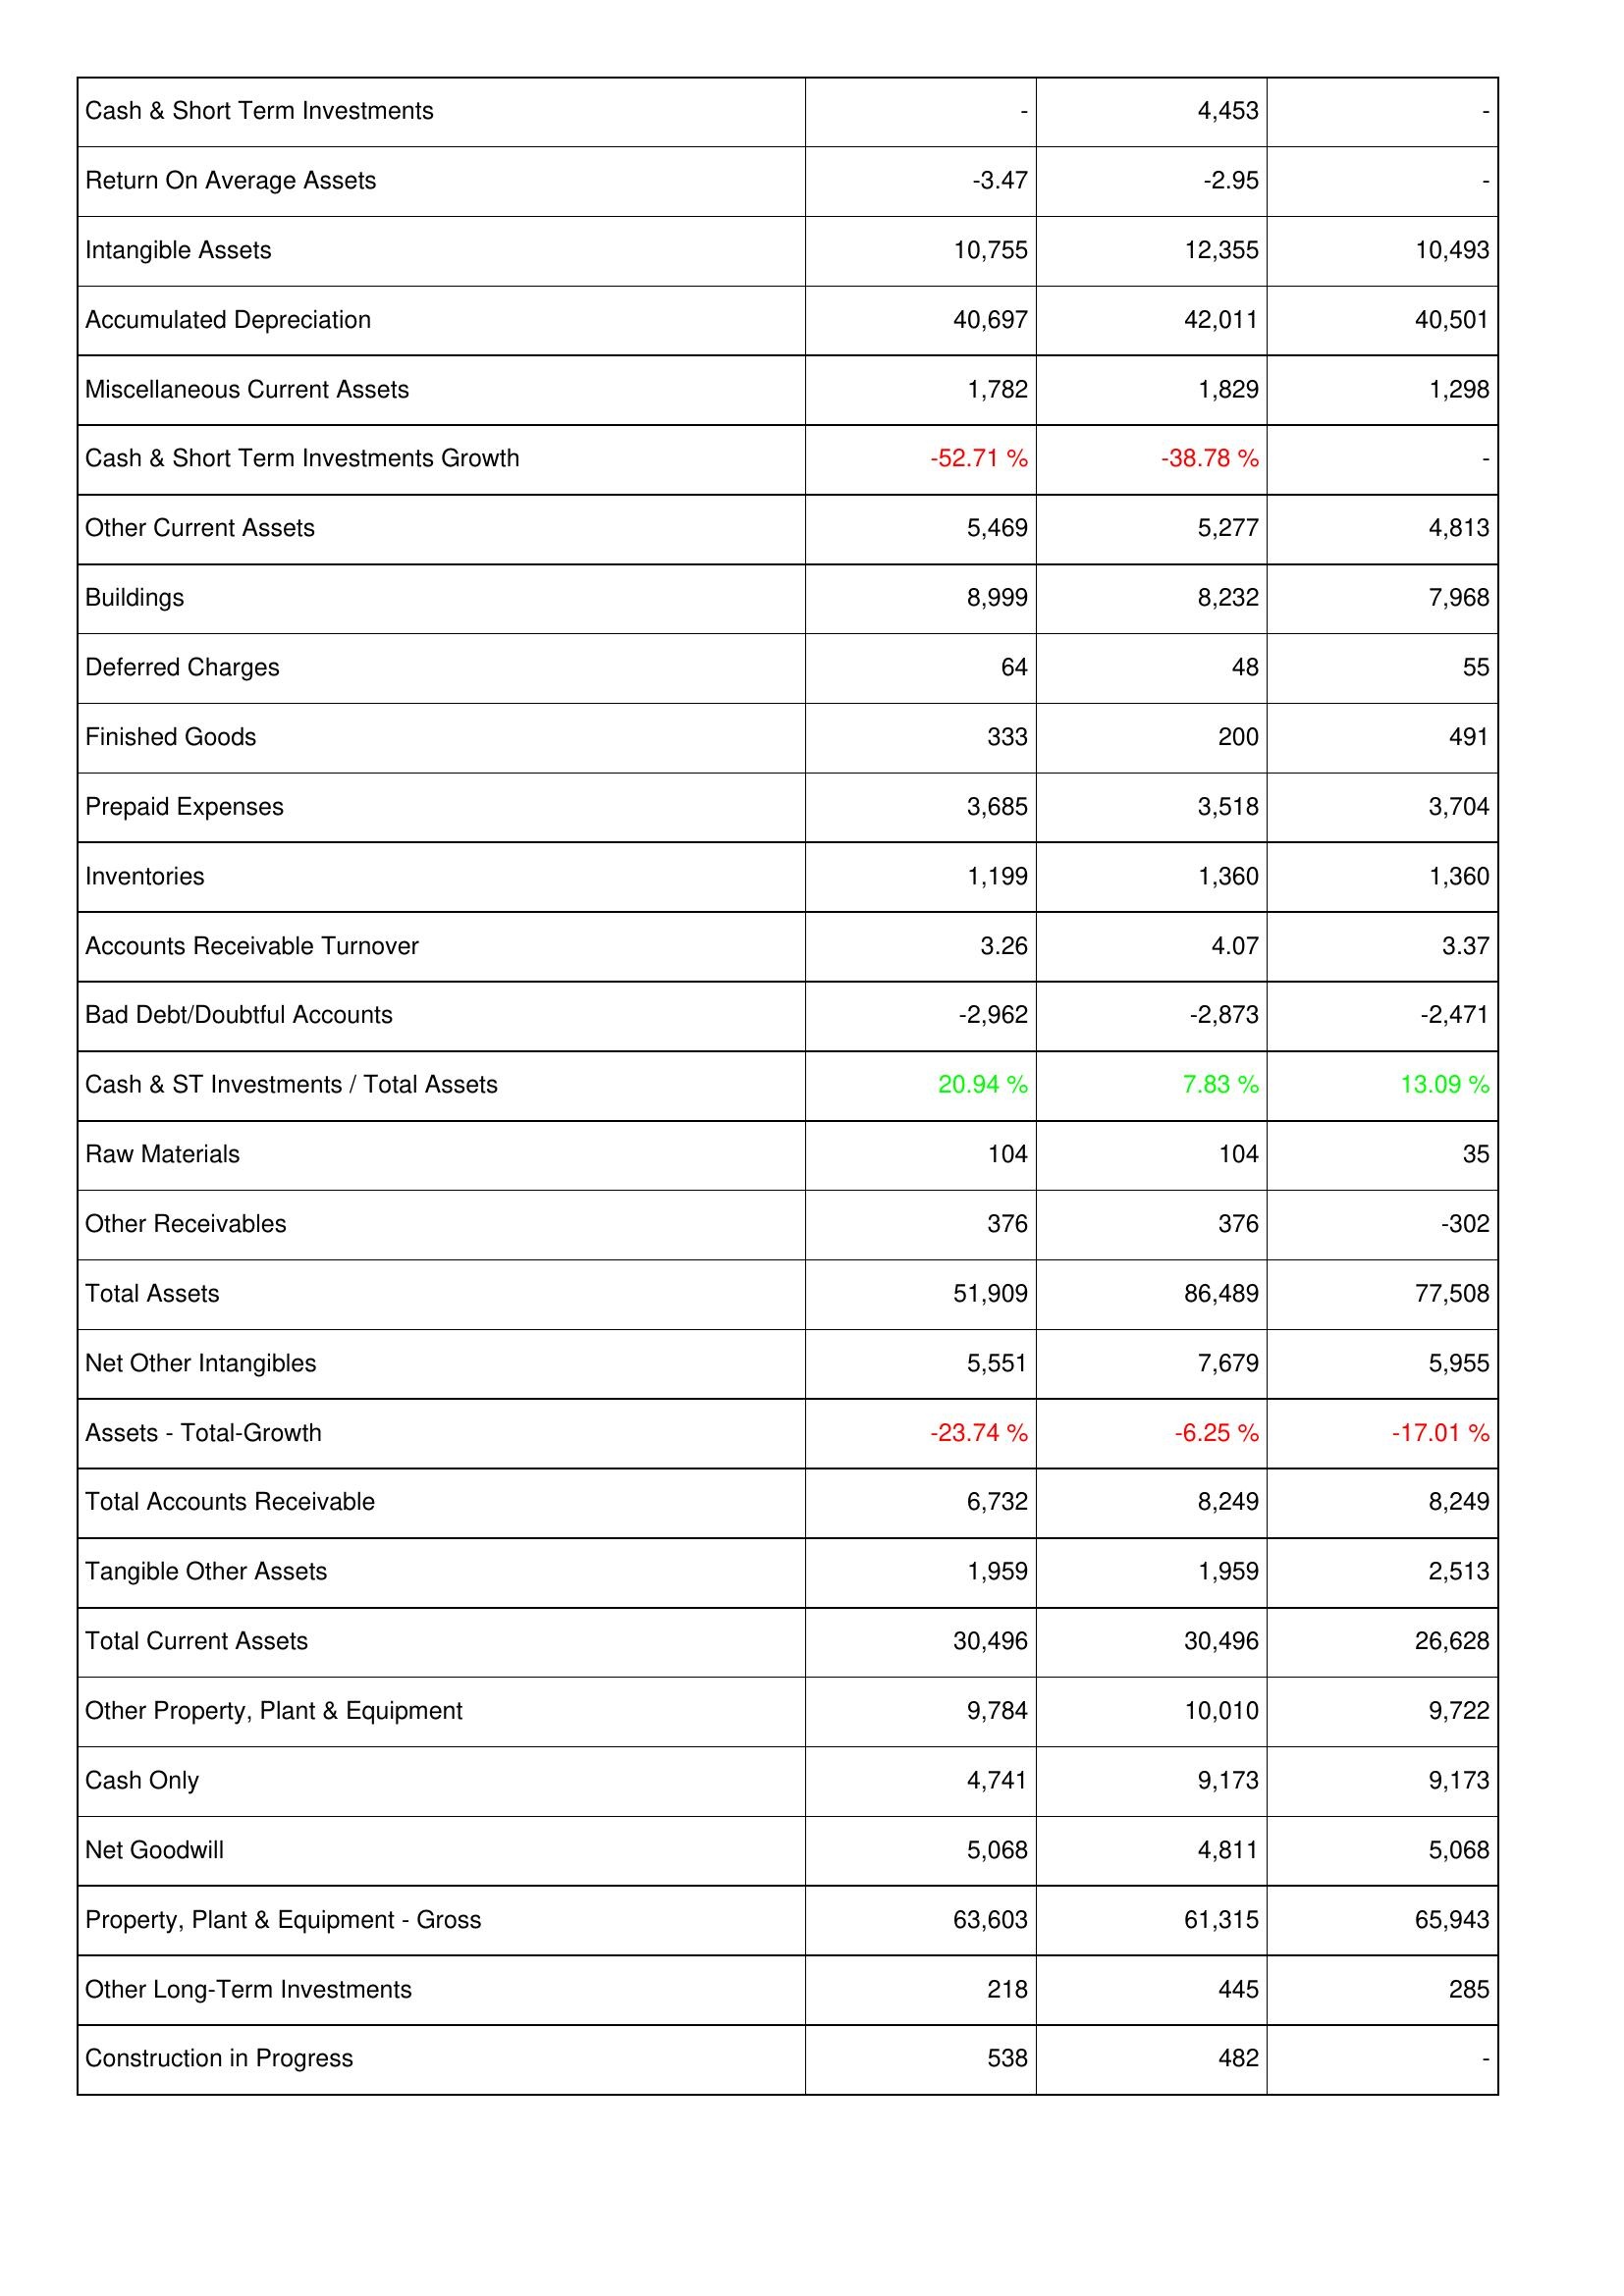
2016: Assets: Cash & Short Term Investments: -
Return On Average Assets: -3.47
Intangible Assets: 10,755
Accumulated Depreciation: 40,697
Miscellaneous Current Assets: 1,782
Cash & Short Term Investments Growth: -52.71 %
Other Current Assets: 5,469
Buildings: 8,999
Deferred Charges: 64
Finished Goods: 333
Prepaid Expenses: 3,685
Inventories: 1,199
Accounts Receivable Turnover: 3.26
Bad Debt/Doubtful Accounts: -2,962
Cash & ST Investments / Total Assets: 20.94 %
Raw Materials: 104
Other Receivables: 376
Total Assets: 51,909
Net Other Intangibles: 5,551
Assets - Total-Growth: -23.74 %
Total Accounts Receivable: 6,732
Tangible Other Assets: 1,959
Total Current Assets: 30,496
Other Property, Plant & Equipment: 9,784
Cash Only: 4,741
Net Goodwill: 5,068
Property, Plant & Equipment - Gross: 63,603
Other Long-Term Investments: 218
Construction in Progress: 538
2015: Assets: Cash & Short Term Investments: 4,453
Return On Average Assets: -2.95
Intangible Assets: 12,355
Accumulated Depreciation: 42,011
Miscellaneous Current Assets: 1,829
Cash & Short Term Investments Growth: -38.78 %
Other Current Assets: 5,277
Buildings: 8,232
Deferred Charges: 48
Finished Goods: 200
Prepaid Expenses: 3,518
Inventories: 1,360
Accounts Receivable Turnover: 4.07
Bad Debt/Doubtful Accounts: -2,873
Cash & ST Investments / Total Assets: 7.83 %
Raw Materials: 104
Other Receivables: 376
Total Assets: 86,489
Net Other Intangibles: 7,679
Assets - Total-Growth: -6.25 %
Total Accounts Receivable: 8,249
Tangible Other Assets: 1,959
Total Current Assets: 30,496
Other Property, Plant & Equipment: 10,010
Cash Only: 9,173
Net Goodwill: 4,811
Property, Plant & Equipment - Gross: 61,315
Other Long-Term Investments: 445
Construction in Progress: 482
2014: Assets: Cash & Short Term Investments: -
Return On Average Assets: -
Intangible Assets: 10,493
Accumulated Depreciation: 40,501
Miscellaneous Current Assets: 1,298
Cash & Short Term Investments Growth: -
Other Current Assets: 4,813
Buildings: 7,968
Deferred Charges: 55
Finished Goods: 491
Prepaid Expenses: 3,704
Inventories: 1,360
Accounts Receivable Turnover: 3.37
Bad Debt/Doubtful Accounts: -2,471
Cash & ST Investments / Total Assets: 13.09 %
Raw Materials: 35
Other Receivables: -302
Total Assets: 77,508
Net Other Intangibles: 5,955
Assets - Total-Growth: -17.01 %
Total Accounts Receivable: 8,249
Tangible Other Assets: 2,513
Total Current Assets: 26,628
Other Property, Plant & Equipment: 9,722
Cash Only: 9,173
Net Goodwill: 5,068
Property, Plant & Equipment - Gross: 65,943
Other Long-Term Investments: 285
Construction in Progress: -